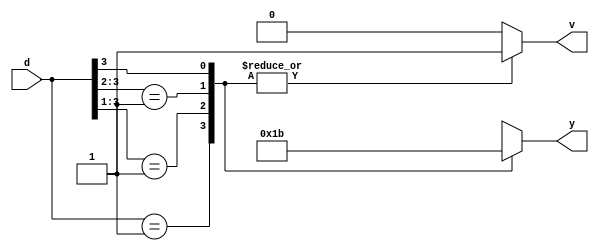
`timescale 1ns / 1ps


module pri_encoder(d,y,v);
	input [3:0] d;
	output reg [1:0] y;
	output reg v; //valid output indicator
	always@(d)
	begin
		casex(d)
			4'b0001: begin 
				y = 2'b00; 
				v = 1;
			end
			4'b001x: begin
				y = 2'b01; 
				v = 1;
			end
			4'b01xx: begin 
				y = 2'b10; 
				v = 1;
			end
			4'b1xxx: begin
				y = 2'b11; 
				v = 1;    
			end
			default: begin
				y = 2'bxx;
				v = 0;
			end
		endcase
	end
endmodule